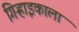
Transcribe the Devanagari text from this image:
गिऱ्हाइकाला